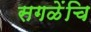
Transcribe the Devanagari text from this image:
सगळेंचि